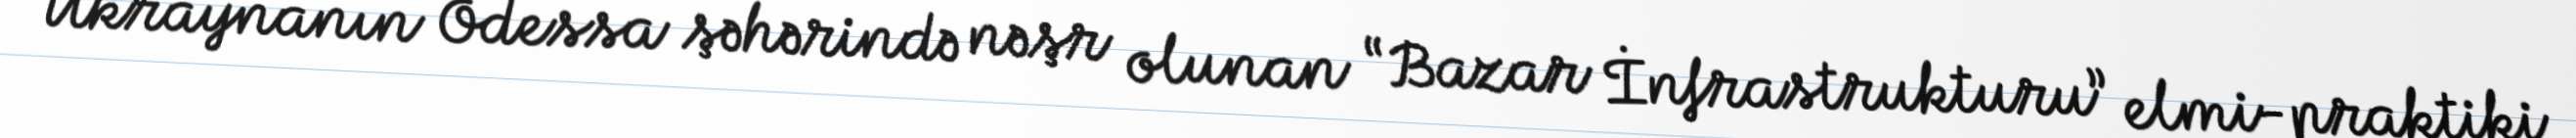
Ukraynanın Odessa şəhərində nəşr olunan “Bazar İnfrastrukturu” elmi-praktiki